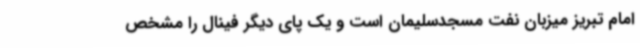
امام تبریز میزبان نفت مسجدسلیمان است و یک پای دیگر فینال را مشخص